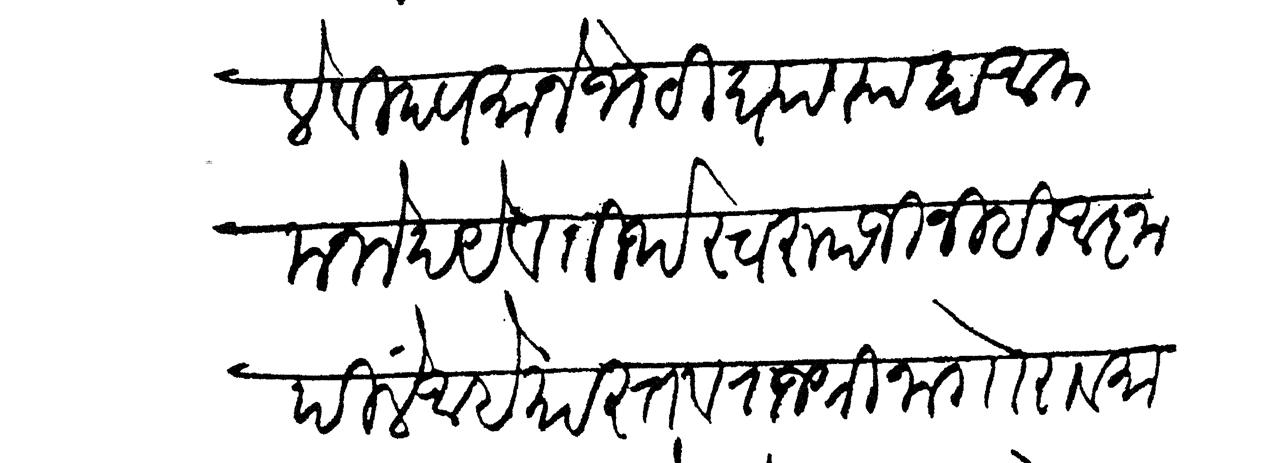
Transliteration (Devanagari): ले विद्यमानें भेटी घ्याव्या हा आमचा मनोदये व तीर्थस्वरुपजीनीहि आज्ञापिलें आहे यास्तव राजश्री नागोराव मा